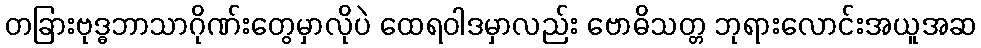
တခြားဗုဒ္ဓဘာသာဂိုဏ်းတွေမှာလိုပဲ ထေရဝါဒမှာလည်း ဗောဓိသတ္တ ဘုရားလောင်းအယူအဆ